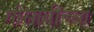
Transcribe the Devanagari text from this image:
गोसावींच्या